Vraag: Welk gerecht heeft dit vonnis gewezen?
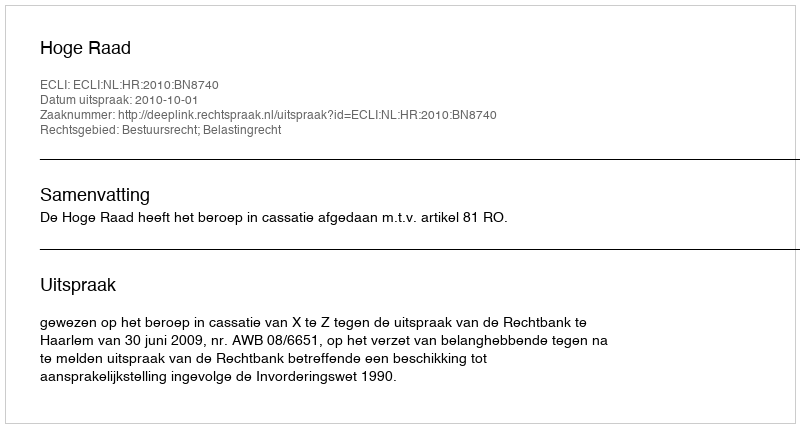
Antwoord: Hoge Raad